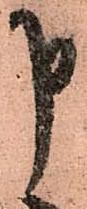
申